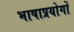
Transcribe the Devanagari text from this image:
भाषाप्रयोगों